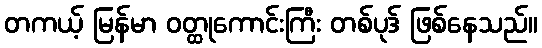
တကယ့် မြန်မာ ဝတ္ထုကောင်းကြီး တစ်ပုဒ် ဖြစ်နေသည်။